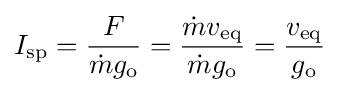
I_{\text{sp}}={\frac {F}{{\dot {m}}g_{\text{o}}}}={\frac {{\dot {m}}v_{\text{eq}}}{{\dot {m}}g_{\text{o}}}}={\frac {v_{\text{eq}}}{g_{\text{o}}}}